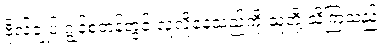
ဗိုလ်ချုပ် ဂျွန်စတန်တွင် လူလိုနေသည်ကို သူတို့ သိကြသည်။